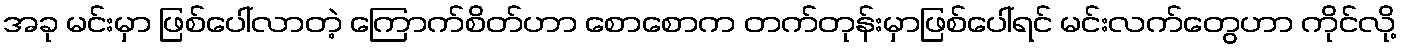
အခု မင်းမှာ ဖြစ်ပေါ်လာတဲ့ ကြောက်စိတ်ဟာ စောစောက တက်တုန်းမှာဖြစ်ပေါ်ရင် မင်းလက်တွေဟာ ကိုင်လို့